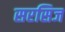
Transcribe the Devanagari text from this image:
सरसिज